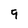
Character: 9